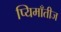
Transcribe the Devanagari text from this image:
प्यिमाँतीज